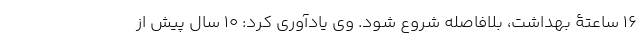
16 ساعتۀ بهداشت، بلافاصله شروع شود. وی یادآوری کرد: 10 سال پیش از